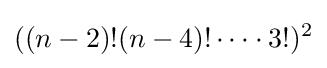
((n-2)!(n-4)!\dots \cdot 3!)^{2}